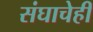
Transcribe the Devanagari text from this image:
संघाचेही